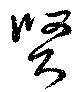
賢